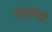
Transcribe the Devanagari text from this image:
यवतमाळी